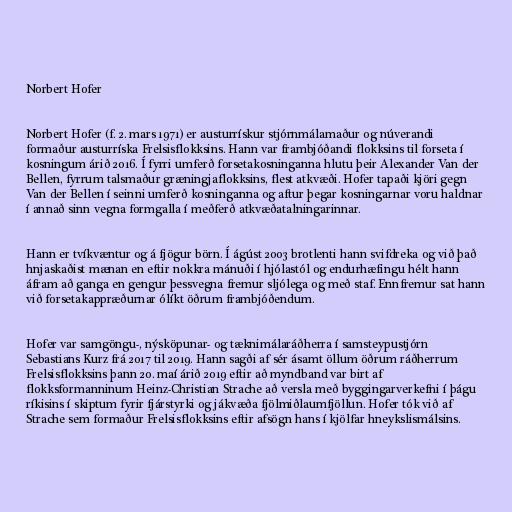
Norbert Hofer

Norbert Hofer (f. 2. mars 1971) er austurrískur stjórnmálamaður og núverandi
formaður austurríska Frelsisflokksins. Hann var frambjóðandi flokksins til forseta í
kosningum árið 2016. Í fyrri umferð forsetakosninganna hlutu þeir Alexander Van der
Bellen, fyrrum talsmaður græningjaflokksins, flest atkvæði. Hofer tapaði kjöri gegn
Van der Bellen í seinni umferð kosninganna og aftur þegar kosningarnar voru haldnar
í annað sinn vegna formgalla í meðferð atkvæðatalningarinnar.

Hann er tvíkvæntur og á fjögur börn. Í ágúst 2003 brotlenti hann svifdreka og við það
hnjaskaðist mænan en eftir nokkra mánuði í hjólastól og endurhæfingu hélt hann
áfram að ganga en gengur þessvegna fremur sljólega og með staf. Ennfremur sat hann
við forsetakappræðurnar ólíkt öðrum frambjóðendum.

Hofer var samgöngu-, nýsköpunar- og tæknimálaráðherra í samsteypustjórn
Sebastians Kurz frá 2017 til 2019. Hann sagði af sér ásamt öllum öðrum ráðherrum
Frelsisflokksins þann 20. maí árið 2019 eftir að myndband var birt af
flokksformanninum Heinz-Christian Strache að versla með byggingarverkefni í þágu
ríkisins í skiptum fyrir fjárstyrki og jákvæða fjölmiðlaumfjöllun. Hofer tók við af
Strache sem formaður Frelsisflokksins eftir afsögn hans í kjölfar hneykslismálsins.